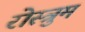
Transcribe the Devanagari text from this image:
रोस्त्रुम